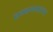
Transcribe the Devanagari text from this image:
वल्लभगडावर